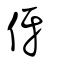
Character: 伢